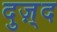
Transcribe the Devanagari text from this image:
दुज़्द